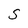
Character: s